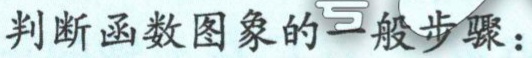
判断函数图象的一般步骤：